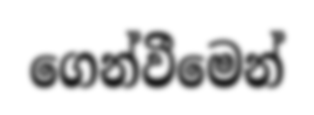
ගෙන්වීමෙන්